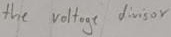
Text: the voltage divisor